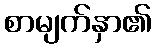
စာမျက်နှာ၏